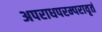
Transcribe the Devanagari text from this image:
अपराधपरम्परावृतं